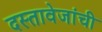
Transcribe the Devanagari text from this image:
दस्तावेजांची